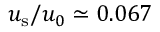
u _ { \mathrm { s } } / u _ { 0 } \simeq 0 . 0 6 7